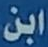
ابن